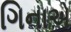
ગિનાએ